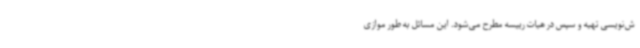
ش‌نویسی تهیه و سپس در هیات رییسه مطرح می‌شود. این مسائل به طور موازی